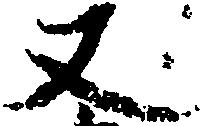
丈